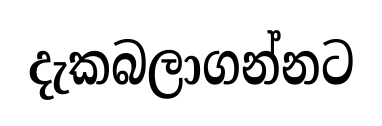
දැකබලාගන්නට